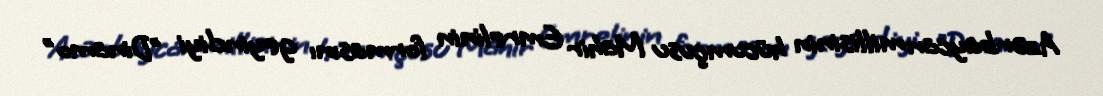
Azərbaycan millisinin hücumçusu Mahir Emrelinin formasını geyindiyi "Dinamo"